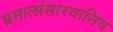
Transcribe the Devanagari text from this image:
भ्रमात्संसारवानिव